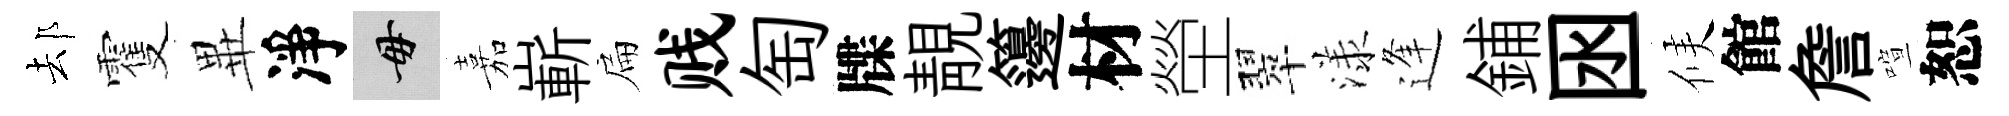
𨚫䨥𭺾淨毋嘉嶄扁贱匋牒靚籩材塋翠漾逢鋪囦候館詹喧恕